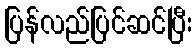
ပြန်လည်ပြင်ဆင်ပြီး